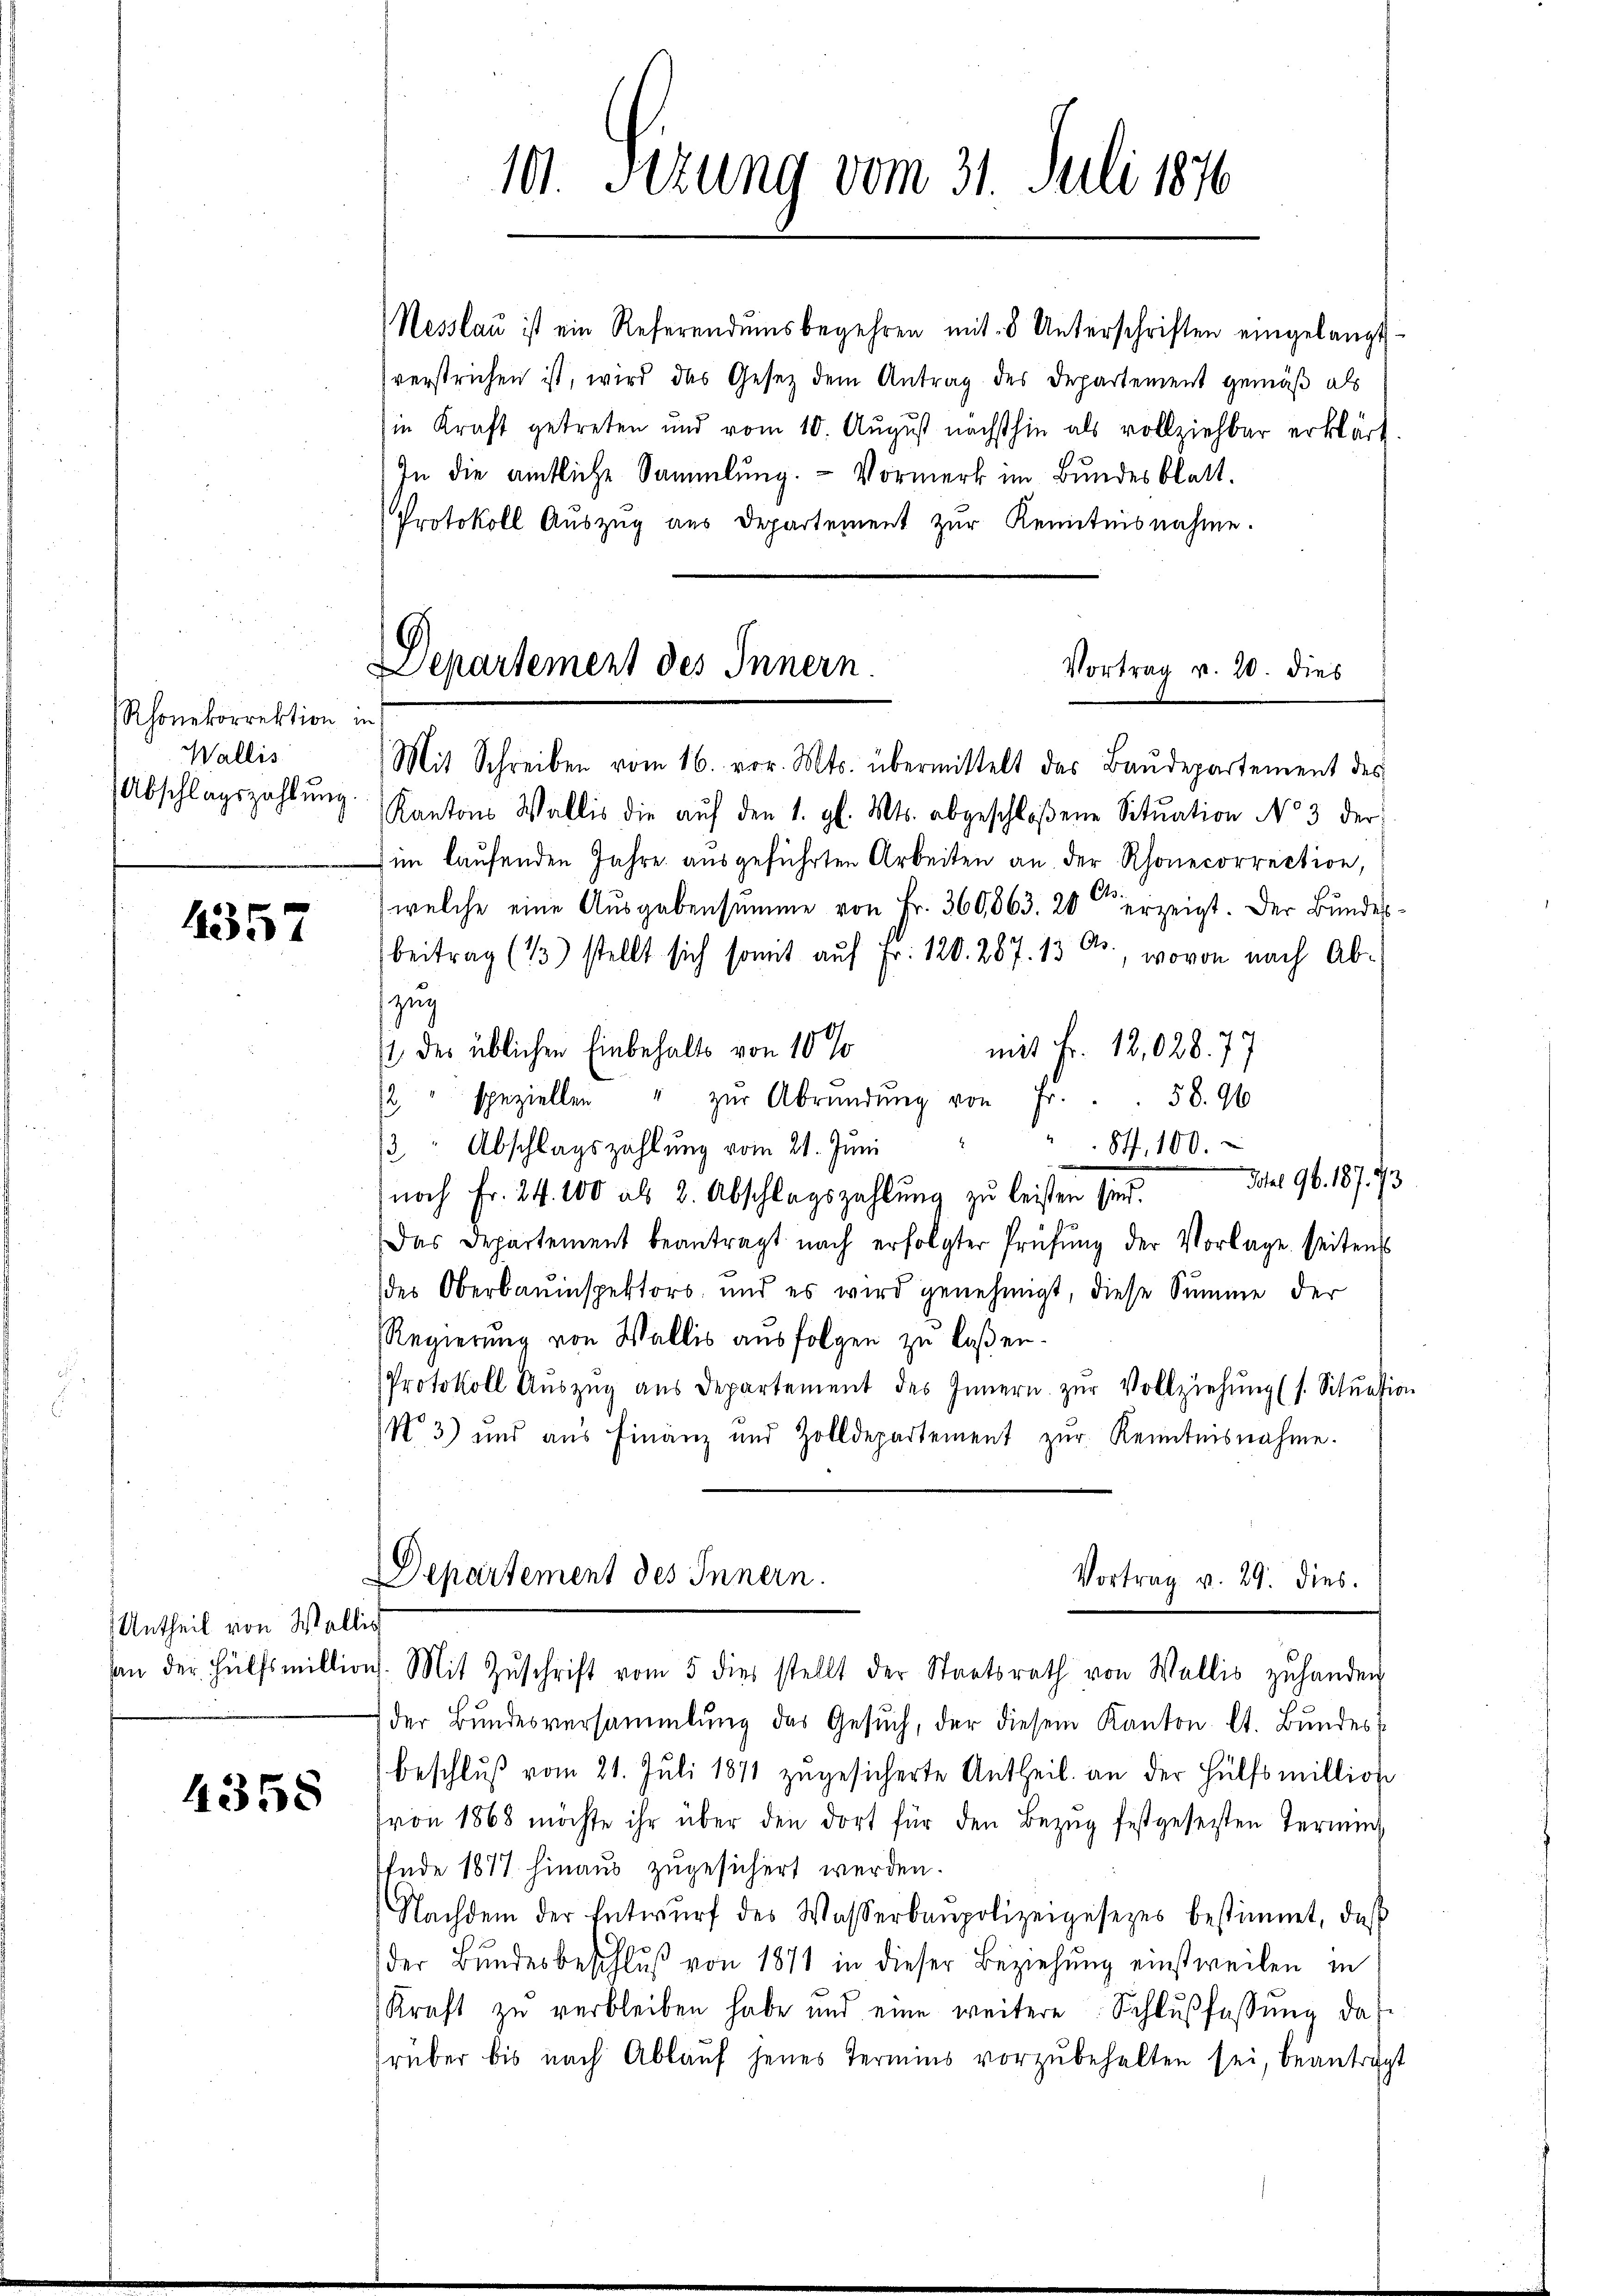
Rhonekorrektion in
Wallis
Abschlagszahlung.

1357

Untheil von Wallis

4358

101. Sezung vom 31. Juli 1876

Departement des Innern.
Vortrag v. 20. dies
Mit Schreiben vom 16. vor. Mts. übermittelt das Baŭdepartement des

Nesslau ist ein Referendumsbegehren mit 8 Unterschriften eingelangt
verstrichen ist, wird das Gesetz dem Antrag des Departement gemäß als
in Kraft getreten und vom 10. August nächsthin als vollziehbar erklärt.
In die amtliche Sammlung. - Vormerk im Bundesblatt.
Protokoll Auszug aus Departement zŭr Kenntnisnahme.
Kantons Wallis die aŭf den 1. gl. Mts. abgeschloßene Sitŭation No 3 der
im laufenden Jahre ausgeführten Arbeiten an der Rhonecorrection,
welche eine Ausgabensumme von Fr. 360,863. 20 terzeigt. Der Bundesbeitrag (13) stellt sich somit auf Fr. 120. 287. 13 Ctr., wovon nach Abzug
mit Fr. 12,028. 77
11 der üblichen Einbehalts von 10 %
2 " speziellen " zŭr Abrŭndŭng von Fr. . . 58. 96
87. 100.
/3 Abschlagszahlung vom 21. Juni
Schel 96. 187. 43
noch Fr. 24. 100 als 2. Abschlagszahlung zu leisten sind.
Das Departement beantragt nach erfolgter Prüfŭng der Vorlage seitens
des Oberbauinspektors, und es wird genehmigt, diese Summe der
Regierŭng von Wallis aŭsfolgen zu laßen.
Protokoll Aŭszŭg aŭs departement des Innern zŭr Vollziehŭng (s. Situation
No 3) und aus Finanz und Zolldepartement zŭr Kenntnisnahme.

Departement des Innern.
Vortrag v. 29. dies.

san der Hülfsmilling. Mit Zŭschrift vom 5 dies stellt der Staatsrath von Wallis zŭ handen
der Bundesversammlung das Gesŭch, der diesem Kanton. lt. Bundes
beschlŭβ vom 21. Juli 1874 zŭgesicherte Antheil an der Hülfsmillion
Fron 1868 möchte ihr über den dort für den Bezŭg festgesetzten Termin
Ende 1871 hinaus zugesichert werden.
Nachdem der Entwŭrf des Wasserbaupolizeigesezes bestimmt, daβ
der Bundesbeschluß von 1871 in dieser Beziehung einstweilen in
Kraft zŭ verbleiben habe und eine weitere Schlŭβfassŭng das
rüber bis nach Ablauf jenes Termins vorzŭbehalten sei, beantragt